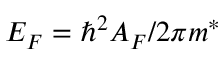
E _ { F } = \hbar ^ { 2 } A _ { F } / 2 \pi m ^ { * }